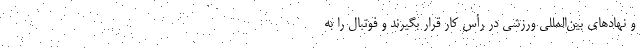
و نهادهای بین‌المللی ورزشی در رأس کار قرار بگیرند و فوتبال را به